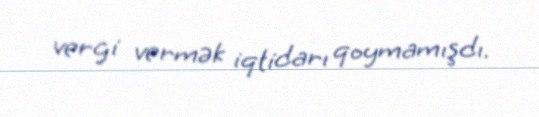
vergi vermək iqtidarı qoymamışdı.